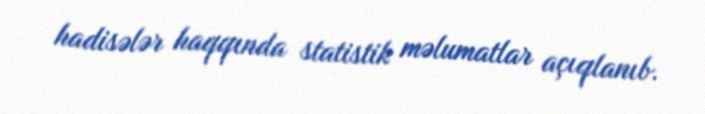
hadisələr haqqında statistik məlumatlar açıqlanıb.